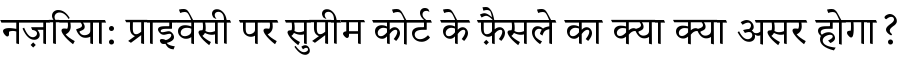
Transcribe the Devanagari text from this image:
नज़रिया: प्राइवेसी पर सुप्रीम कोर्ट के फ़ैसले का क्या क्या असर होगा?